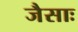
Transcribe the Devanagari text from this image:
जैसाः